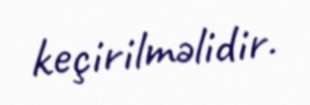
keçirilməlidir.